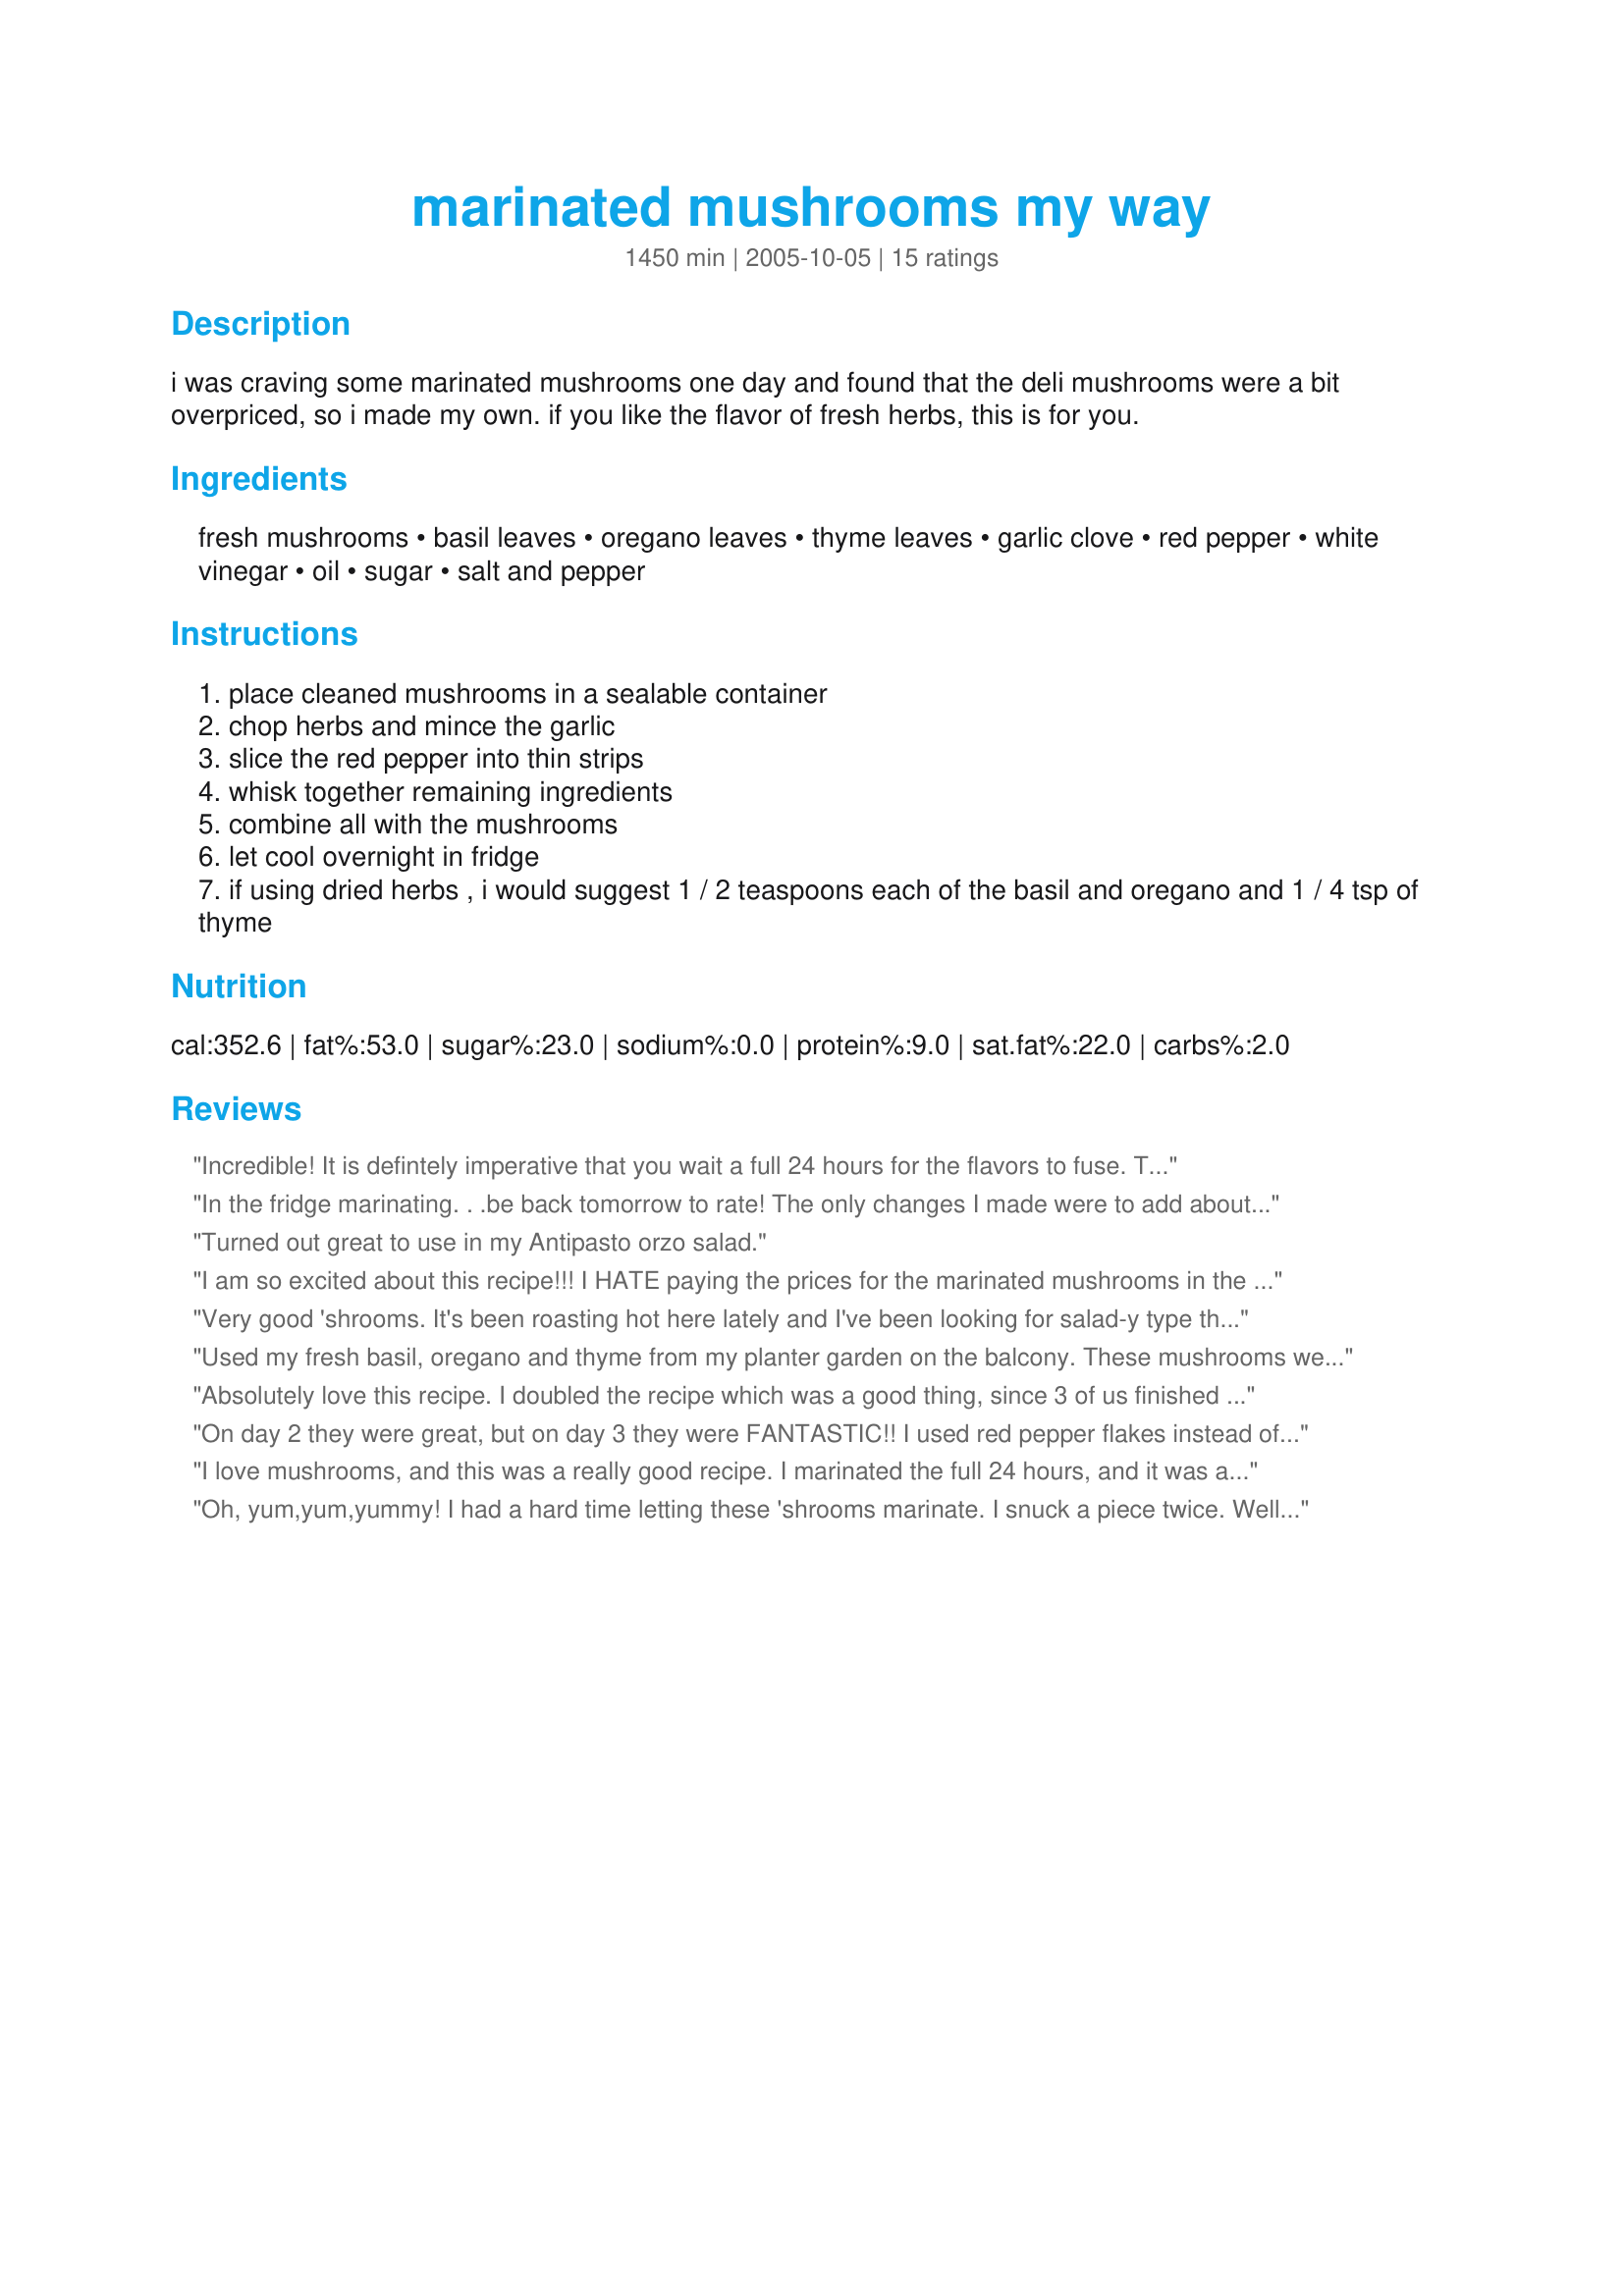
marinated mushrooms my way
Preparation time: 1450 minutes

i was craving some marinated mushrooms one day and found that the deli mushrooms were a bit overpriced, so i made my own. if you like the flavor of fresh herbs, this is for you.

Ingredients:
fresh mushrooms, basil leaves, oregano leaves, thyme leaves, garlic clove, red pepper, white vinegar, oil, sugar, salt and pepper

Steps:
place cleaned mushrooms in a sealable container
chop herbs and mince the garlic
slice the red pepper into thin strips
whisk together remaining ingredients
combine all with the mushrooms
let cool overnight in fridge
if using dried herbs , i would suggest 1 / 2 teaspoons each of the basil and oregano and 1 / 4 tsp of thyme

Reviews:
Incredible! It is defintely imperative that you wait a full 24 hours for the flavors to fuse. The fresh herbs are just out of this world. I will definitely do this again!
In the fridge marinating. . .be back tomorrow to rate! The only changes I made were to add about 1/2 tsp of dijon mustard and some red pepper flakes. I also had to cut my mushrooms because they were HUGE.
Turned out great to use in my Antipasto orzo salad.
I am so excited about this recipe!!! I HATE paying the prices for the marinated mushrooms in the store and these are SOOO much better!!!! I didn't use the red pepper cause Im not crazy about them. These are fabulous!!! Definetly let them sit in the fridge overnight at least, I had to (of course) try one too early and it was good but when I tried them after about 24 hours of marinating it was WOW!!!! Thanks for posting!!!!!
Very good 'shrooms. It's been roasting hot here lately and I've been looking for salad-y type things for my lunches, and this is going down a treat. I used lemon juice instead of vinegar and pepperdew peppers, otherwise the fresh herbs from my garden and just to get it going, I microwaved them for a minute, then into the fridge. Next time I may add a chili or some chili flakes for an extra kick.
Used my fresh basil, oregano and thyme from my planter garden on the balcony. These mushrooms were delicious - very flavourful and fresh-tasting, and lovely as a 'salad-y' side to our roast lamb lunch.
Absolutely love this recipe. I doubled the recipe which was a good thing, since 3 of us finished it in one sitting. I subbed 1 chili pepper for the red pepper. Thanks so much!
On day 2 they were great, but on day 3 they were FANTASTIC!! I used red pepper flakes instead of red peppers. My guests took care of these pronto! These were the first thing to go at the party. These mushrooms are just wonderful, thank you so much for the recipe!
I love mushrooms, and this was a really good recipe. I marinated the full 24 hours, and it was all I could do not to grab one out ahead of time. The marinade smelled so delicious! When serving, I did not allow to come to room temperature, which I think was a mistake. Also, I may have had a large red pepper, because I seemed to have quite a bit of it in relation to the other spices. As another reviewer suggested, I would let these come to room temperature before serving so the marinade dissolves and coats the mushrooms. But cold out of the fridge, I think these would be a great addition to a salad! Made for Everyday is a Holiday tag. Thanks for posting!
Oh, yum,yum,yummy! I had a hard time letting these 'shrooms marinate. I snuck a piece twice. Well let me tell you if you are a mushroom lover, you will fall in love with this! I did change the mechanics a bit. After I cleaned and trimmed the mushrooms, I thicked sliced them and put them in a glass jar. I used fresh basil and thyme but dried oregano.
Soo worth the wait!
I made these for a finger food spread we had on Good Friday. Although I am not a mushroom fan, all who ate these gave 5 stars. I made as the recipe suggested, but I did leave out the red pepper.
Wow! I thought these would be just OK, but I could hardly wait for them to marinate! The sugar adds just the right amount of sweetness to make these wow. I did marinate them on Wednesday night for Friday lunch and I think that was a little long. Next time i'll just marinate them for a few hours. Bring to room temperature before serving.
I never had marinated mushrooms before and boy, what did I miss ! The hardest part was the 24 hrs waiting period- not all my mushrooms made it. I thought it might taste better with extra virgin olive oil, so I put some on the side with it ,but it didn't make much difference coz the herbs make this recipe. I had no red pepper, used frozen basil leaves and dried oregano and thyme (might have used more than called for, but I saw the note too late.) I will need some red chili flakes next time. A keeper!
Update:How do I keep this to marinade for 24 hours without touching it?
Excellent dish! We loved the proportions of herbs and dressing. My only change was to use champagne vinegar.
Yummo! I made this as written except for adding some red pepper flakes for a little zing. DH and I loved them. I did sneak one before putting the mushrooms into marinate and I sneaked another one before the 24 hours were up...couldn't wait. Delicious! I did let them warm up to room temp before serving to DH and the flavor does come through after waiting the full time.. Another favorite for my Favorites of 2010. Made for Spring PAC 2010.
